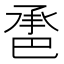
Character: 𢁇